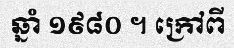
ឆ្នាំ ១៩៨០ ។ ក្រៅពី